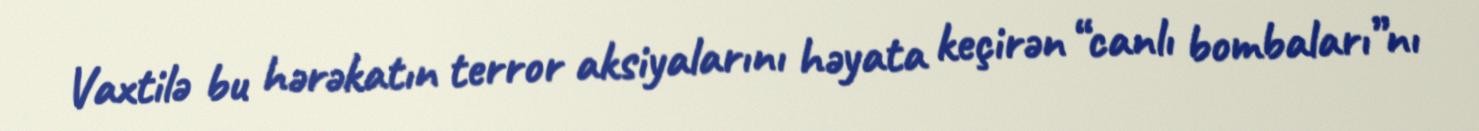
Vaxtilə bu hərəkatın terror aksiyalarını həyata keçirən “canlı bombaları”nı